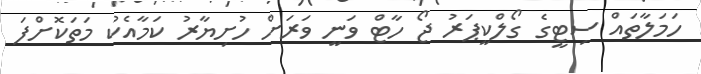
ހަމަލާތައް ސިޓީގެ ގޯލްކީޕަރު ޖޯ ހާޓް ވަނީ ވަރަށް ހުށިޔާރު ކަމާއެކު މަތަކޮށްފަ